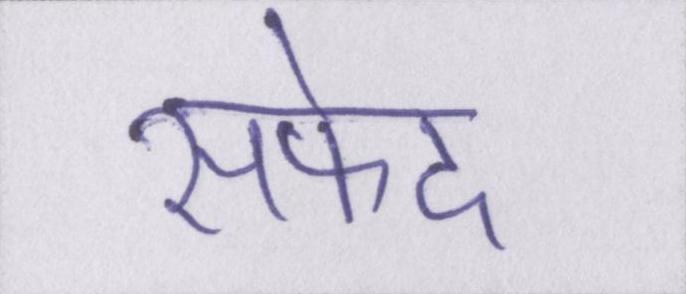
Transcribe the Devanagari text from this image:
सफेद